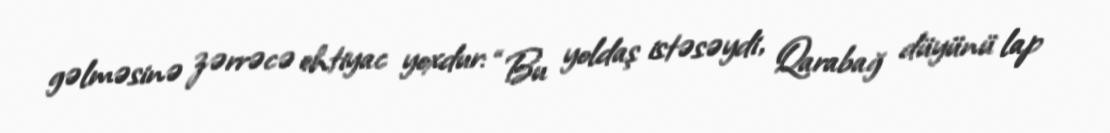
gəlməsinə zərrəcə ehtiyac yoxdur: “Bu yoldaş istəsəydi, Qarabağ düyünü lap